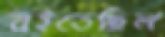
বইতেছিল